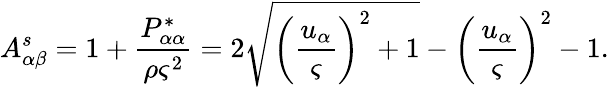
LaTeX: A_{\alpha\beta}^{s}=1+\frac{P_{\alpha\alpha}^{*}}{\rho\varsigma^{2}}=2\sqrt{{\left(\frac{u_{\alpha}}{\varsigma}\right)}^{2}+1}-{\left(\frac{u_{\alpha}}{\varsigma}\right)}^{2}-1.